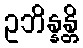
ဥဘိန္နန္တိ